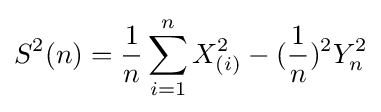
S^{2}(n)={\frac {1}{n}}\sum _{i=1}^{n}X_{(i)}^{2}-({\frac {1}{n}})^{2}Y_{n}^{2}